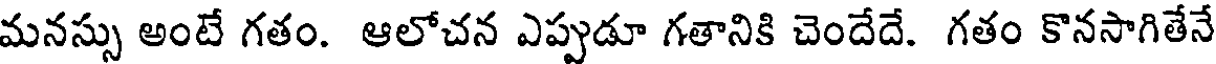
మనస్సు అంటే గతం. ఆలోచన ఎప్పుడూ గతానికి చెందేదే. గతం కొనసాగితేనే